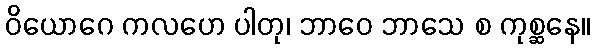
ဝိယောဂေ ကလဟေ ပါတု၊ ဘာဝေ ဘာသေ စ ကုစ္ဆနေ။